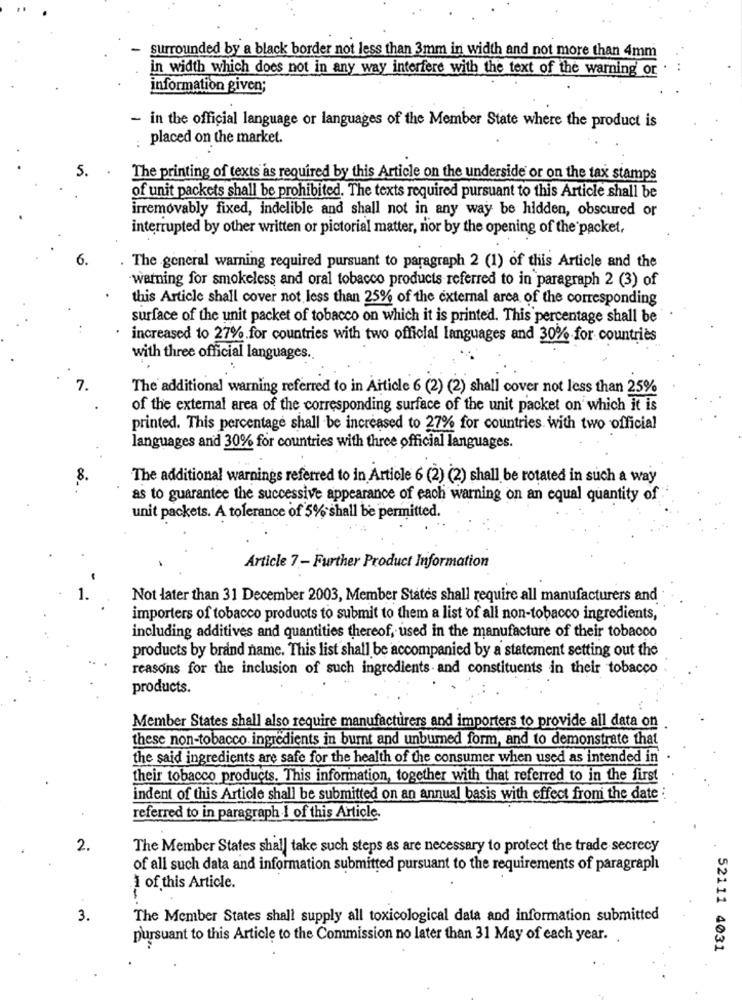
- surrounded by a black border not less than 3mm in width and not more than 4mm
in width which does not in any way interfere with the text of the warning or
information given;
- in the official language or languages of the Member State where the product is
: placed on the market.
5.
The printing of texts as required by this Article on the underside or on the tax stamps
of unit packets shall be prohibited. The texts required pursuant to this Article shall be
irremovably fixed, indelible and shall not in any way be hidden, obscured or
interrupted by other written or pictorial matter, nor by the opening of the packet,
6.
The general warning required pursuant to paragraph 2 (1) of this Article and the
warning for smokeless and oral tobacco products referred to in paragraph 2 (3) of
this Article shall cover not less than 25% of the external area of the corresponding
surface of the unit packet of tobacco on which it is printed. This percentage shall be
increased to 27%.for countries with two official languages and 30% for countries
with three official languages.
7.
The additional warning referred to in Article 6 (2) (2) shall cover not less than 25%
of the external area of the corresponding surface of the unit packet on which it is
printed. This percentage shall be increased to 27% for countries with two official
languages and 30% for countries with three official languages.
8.
The additional warnings referred to in Article 6 (2) (2) shall be rotated in such a way
as to guarantee the successive appearance of each warning on an equal quantity of
unit packets. A tolerance of 5% shall be permitted.
Article 7 - Further Product Information
Not later than 31 December 2003, Member States shall require all manufacturers and
importers of tobacco products to submit to them a list of all non-tobacco ingredients,
including additives and quantities thereof, used in the manufacture of their tobacco
products by brand name. This list shall be accompanied by a statement setting out the
reasons for the inclusion of such ingredients and constituents in their tobacco
products.
Member States shall also require manufacturers and importers to provide all data on
these non-tobacco ingredients in burnt and unburned form, and to demonstrate that
the said ingredients are safe for the health of the consumer when used as intended in
their tobacco products. This information, together with that referred to in the first
indent of this Article shall be submitted on an annual basis with effect from the date :
referred to in paragraph I of this Article.
2.
The Member States shall take such steps as are necessary to protect the trade secrecy
of all such data and information submitted pursuant to the requirements of paragraph
1 of this Article.
3.
The Member States shall supply all toxicological data and information submitted
pursuant to this Article to the Commission no later than 31 May of each year ..
52111 4031